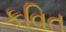
કવિત